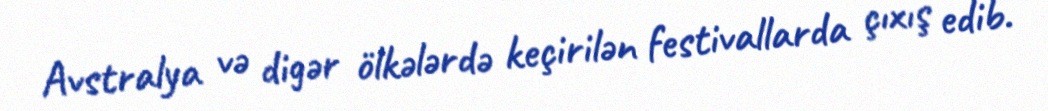
Avstralya və digər ölkələrdə keçirilən festivallarda çıxış edib.